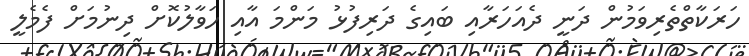
ހަރަކާތްތެރިވަމުން ދަނީ ދެއަހަރާއި ބައިގެ ދަރިފުޅު މަންމަ އާއި ހަވާލުކޮށް ދިނުމަށް ފެމެލީ